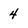
Character: 4